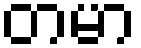
တမာ